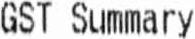
GST SUMMARY